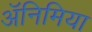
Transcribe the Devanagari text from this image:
अॅनिमिया